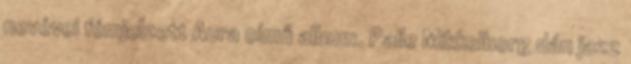
nevével fémjelzett Aura című album. Palle Mikkelborg dán jazz